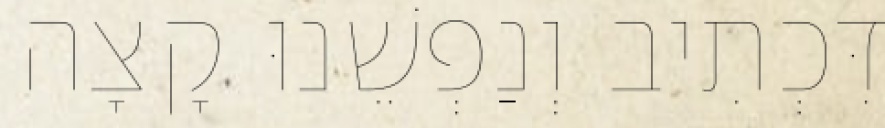
דִּכְתִיב וְנַפְשֵׁנוּ קָצָה